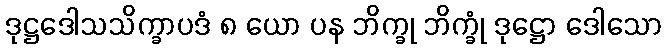
ဒုဋ္ဌဒေါသသိက္ခာပဒံ ၈ ယော ပန ဘိက္ခု ဘိက္ခုံ ဒုဋ္ဌော ဒေါသော